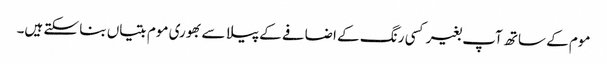
موم کے ساتھ آپ بغیر کسی رنگ کے اضافے کے پیلا سے بھوری موم بتیاں بنا سکتے ہیں۔